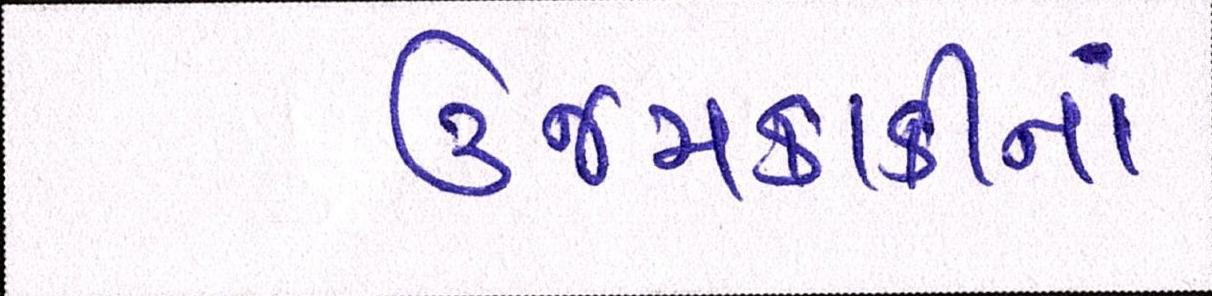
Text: ઉજમકાકીનાં